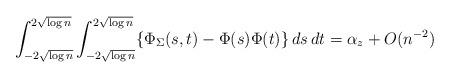
LaTeX: \begin{align*}\int_{-2 \sqrt{\log n}}^{2 \sqrt{\log n}} \int_{-2 \sqrt{\log n}}^{2 \sqrt{\log n}} \{\Phi_\Sigma(s,t) - \Phi(s) \Phi(t)\} \,ds \,dt = \alpha_z + O(n^{-2})\end{align*}